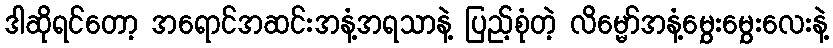
ဒါဆိုရင်တော့ အရောင်အဆင်းအနံ့အရသာနဲ့ ပြည့်စုံတဲ့ လိမ္မော်အနံ့မွှေးမွှေးလေးနဲ့